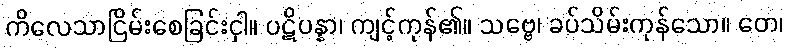
ကိလေသာငြိမ်းစေခြင်းငှါ။ ပဋိပန္နာ၊ ကျင့်ကုန်၏။ သဗ္ဗေ၊ ခပ်သိမ်းကုန်သော။ တေ၊